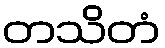
တသိတံ